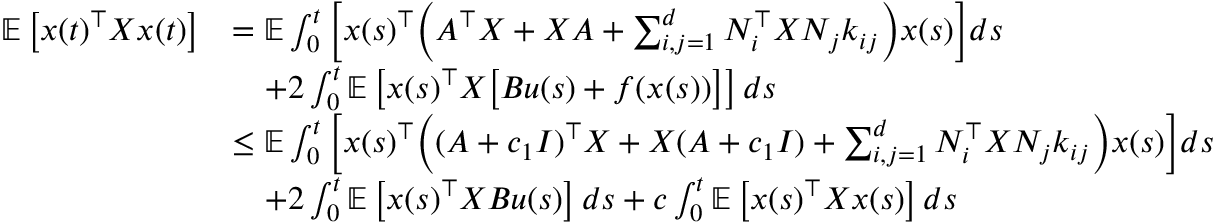
\begin{array} { r l } { \mathbb E \left[ x ( t ) ^ { \top } X x ( t ) \right] } & { = \mathbb E \int _ { 0 } ^ { t } \bigg [ x ( s ) ^ { \top } \Big ( A ^ { \top } X + X A + \sum _ { i , j = 1 } ^ { d } N _ { i } ^ { \top } X N _ { j } k _ { i j } \Big ) x ( s ) \bigg ] d s } \\ & { \quad + 2 \int _ { 0 } ^ { t } \mathbb E \left[ x ( s ) ^ { \top } X \big [ B u ( s ) + f ( x ( s ) ) \big ] \right] d s } \\ & { \leq \mathbb E \int _ { 0 } ^ { t } \bigg [ x ( s ) ^ { \top } \Big ( ( A + c _ { 1 } I ) ^ { \top } X + X ( A + c _ { 1 } I ) + \sum _ { i , j = 1 } ^ { d } N _ { i } ^ { \top } X N _ { j } k _ { i j } \Big ) x ( s ) \bigg ] d s } \\ & { \quad + 2 \int _ { 0 } ^ { t } \mathbb E \left[ x ( s ) ^ { \top } X B u ( s ) \right] d s + c \int _ { 0 } ^ { t } \mathbb E \left[ x ( s ) ^ { \top } X x ( s ) \right] d s } \end{array}